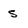
Character: s